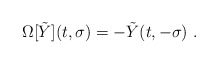
\begin{align*}\Omega [\tilde Y](t,\sigma)= -\tilde Y(t,-\sigma)\ .\end{align*}